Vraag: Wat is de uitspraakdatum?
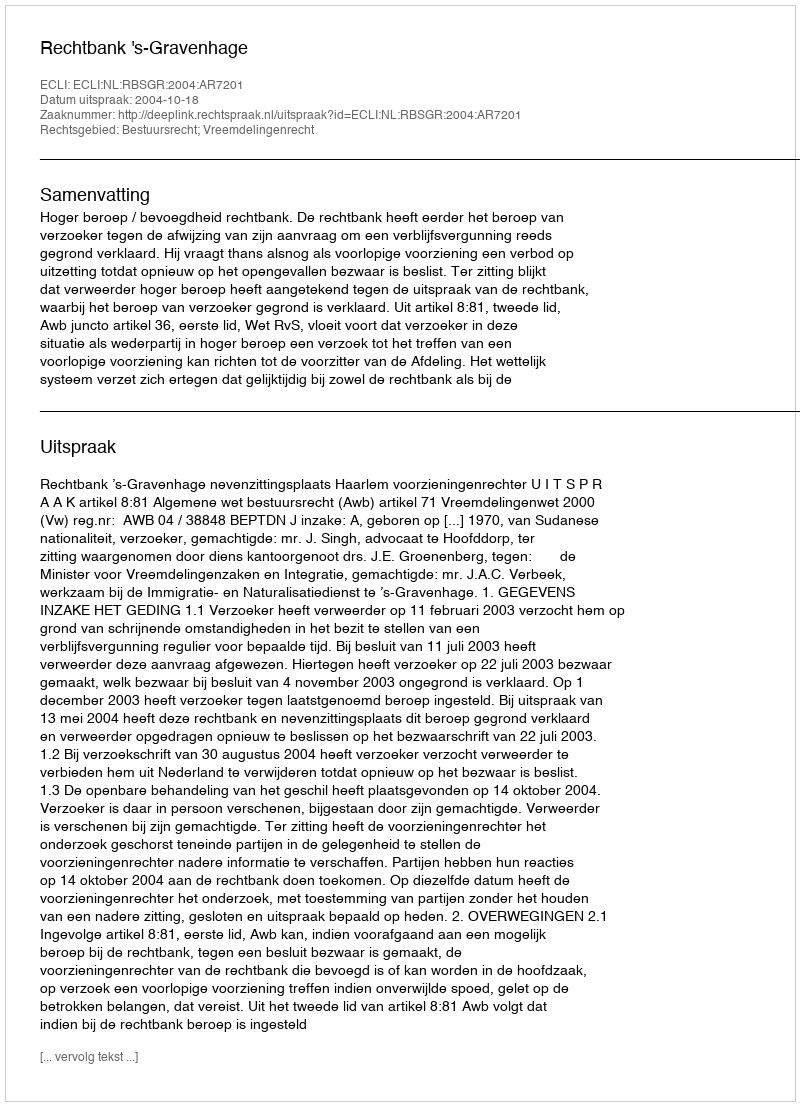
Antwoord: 2004-10-18